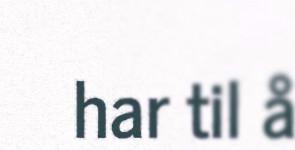
har til å